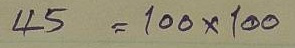
45 = 100 x 100